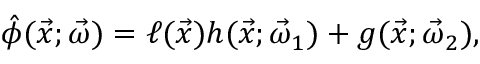
\hat { \phi } ( \vec { x } ; \vec { \omega } ) = \ell ( \vec { x } ) h ( \vec { x } ; \vec { \omega } _ { 1 } ) + g ( \vec { x } ; \vec { \omega } _ { 2 } ) ,